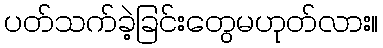
ပတ်သက်ခဲ့ခြင်းတွေမဟုတ်လား။